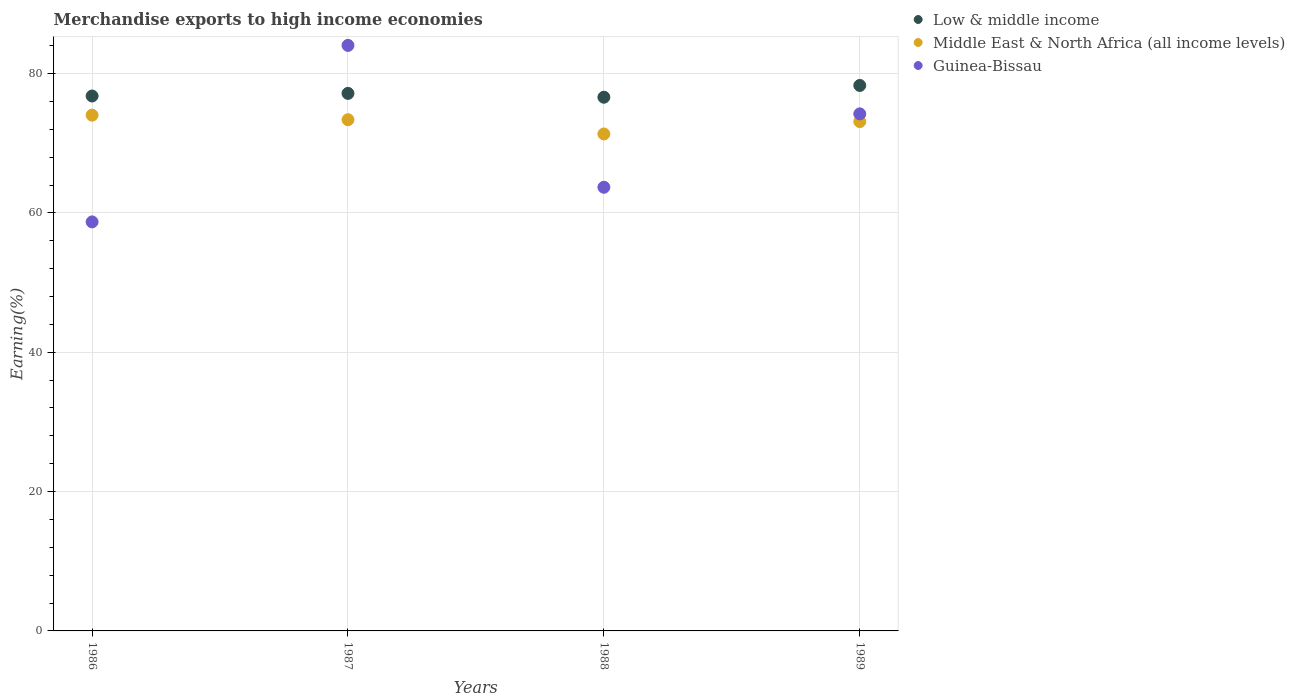
| Years | Low & middle income | Middle East & North Africa (all income levels) | Guinea-Bissau |
 | --- | --- | --- | --- |
 | 1986 | 76.8 | 74 | 58.7 |
 | 1987 | 77.2 | 73.4 | 84 |
 | 1988 | 76.6 | 71.3 | 63.7 |
 | 1989 | 78.3 | 73.1 | 74.2 |